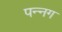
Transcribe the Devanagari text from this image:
पन्‍नग